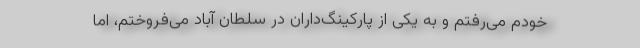
خودم می‌رفتم و به یکی از پارکینگ‌داران در سلطان آباد می‌فروختم، اما